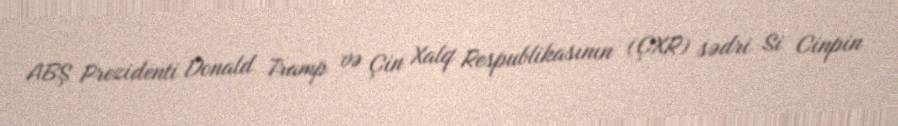
ABŞ Prezidenti Donald Tramp və Çin Xalq Respublikasının (ÇXR) sədri Si Cinpin